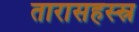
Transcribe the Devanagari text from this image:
तारासहस्स्र